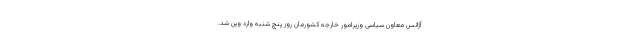
آژانس معاون سیاسی وزیرامور خارجه کشورمان روز پنچ شنبه وارد وین شد.